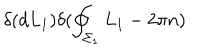
\delta ( d L _ { 1 } ) \delta ( \oint _ { \Sigma _ { 1 } } L _ { 1 } - 2 \pi n )